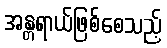
အန္တရာယ်ဖြစ်စေသည့်